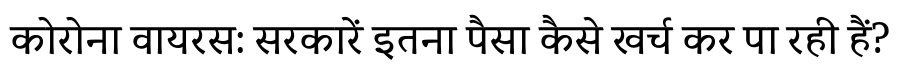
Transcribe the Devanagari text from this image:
कोरोना वायरस: सरकारें इतना पैसा कैसे खर्च कर पा रही हैं?